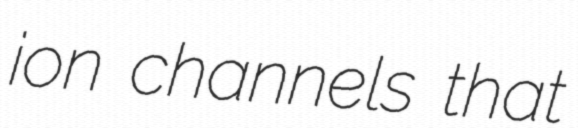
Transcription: ion channels that